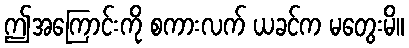
ဤအကြောင်းကို စကားလက် ယခင်က မတွေးမိ။